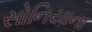
સોનિયાના